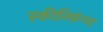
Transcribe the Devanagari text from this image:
स्कील्फ़िंग्स